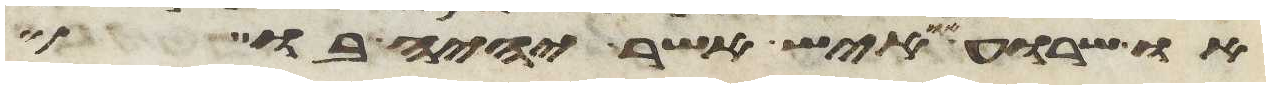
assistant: או שרוע או איש אשר יהיה בו